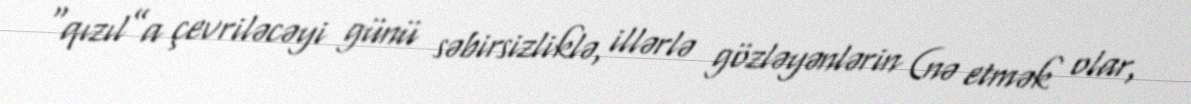
“qızıl”a çevriləcəyi günü səbirsizliklə, illərlə gözləyənlərin (nə etmək olar,